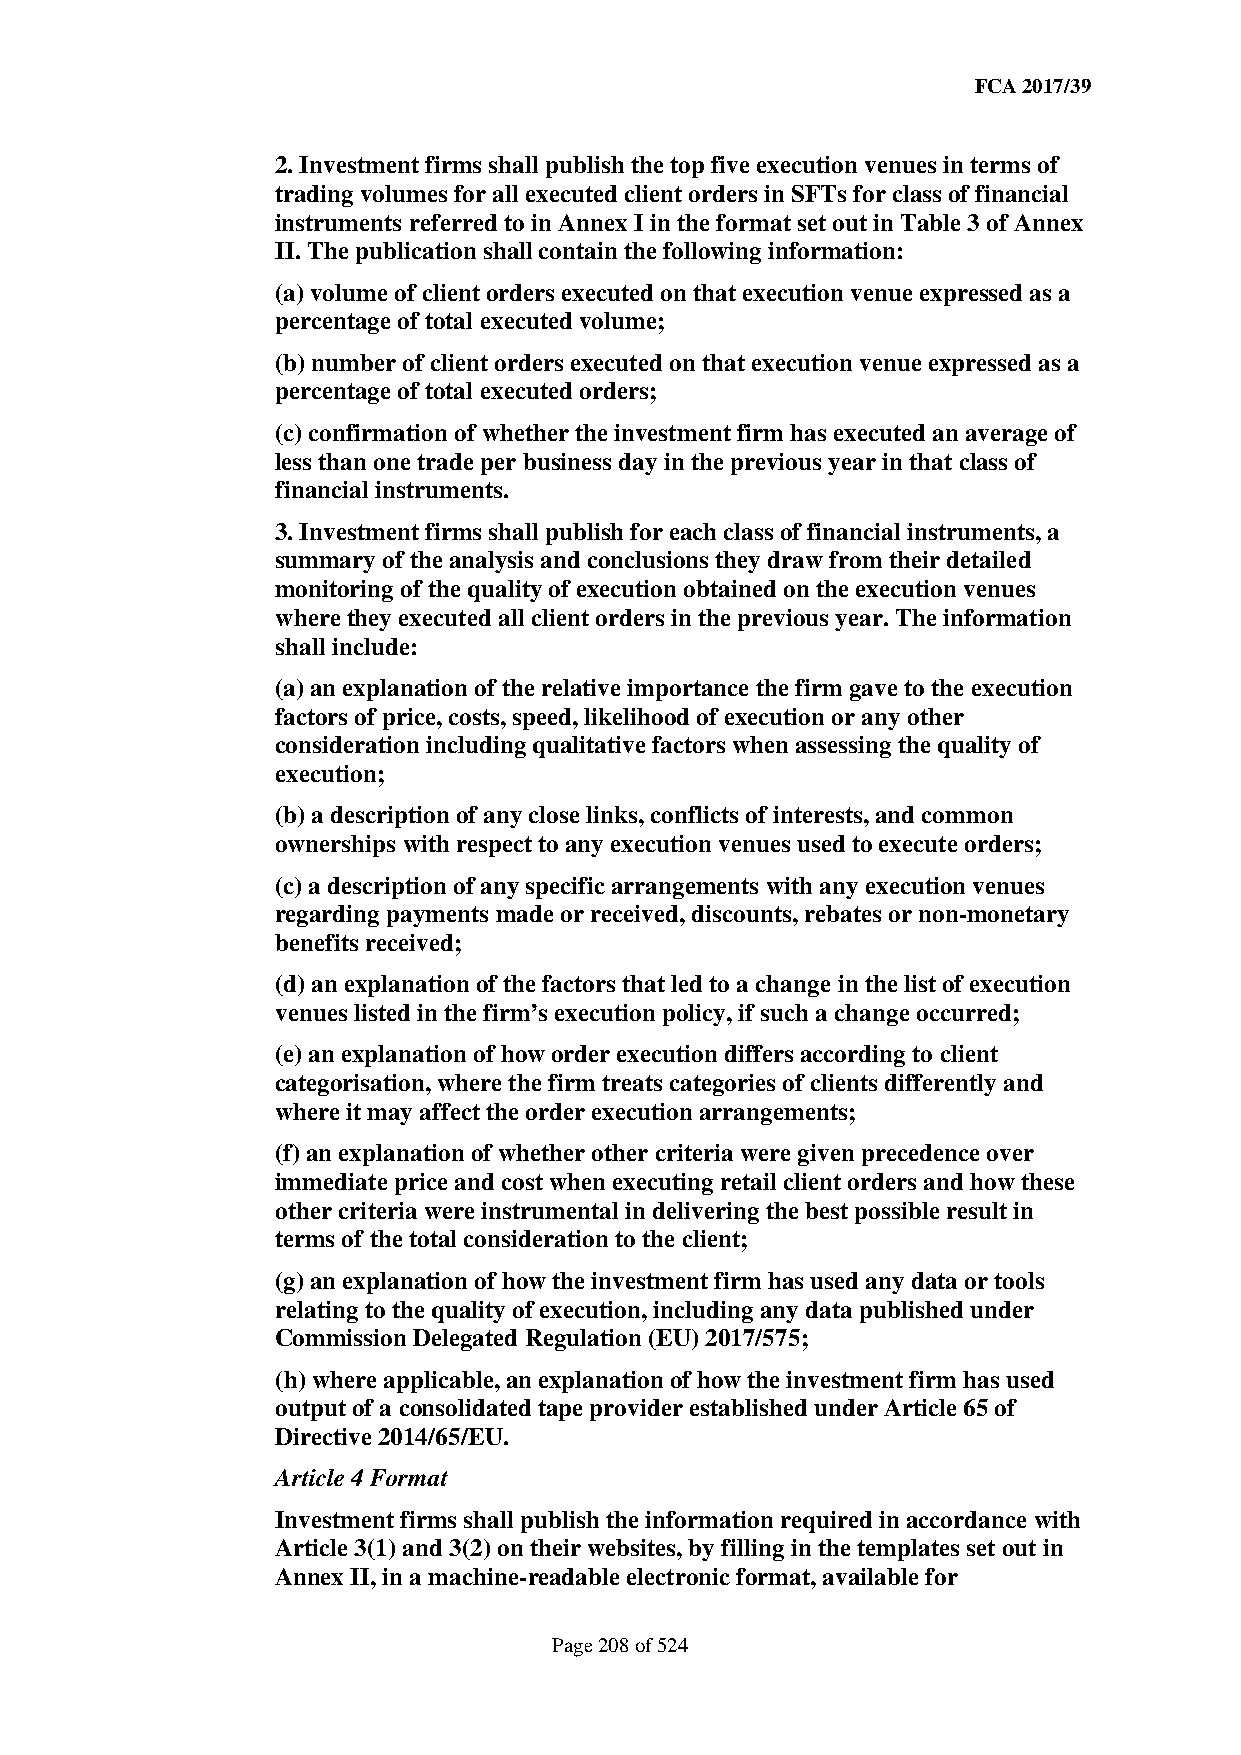
FCA 2017/39
 2. Investment firms shall publish the top five execution venues in terms of
 trading volumes for all executed client orders in SFTs for class of financial
 instruments referred to in Annex I in the format set out in Table 3 of Annex
 II. The publication shall contain the following information:
 (a) volume of client orders executed on that execution venue expressed as a
 percentage of total executed volume;
 (b) number of client orders executed on that execution venue expressed as a
 percentage of total executed orders;
 (c) confirmation of whether the investment firm has executed an average of
 less than one trade per business day in the previous year in that class of
 financial instruments.
 3. Investment firms shall publish for each class of financial instruments, a
 summary of the analysis and conclusions they draw from their detailed
 monitoring of the quality of execution obtained on the execution venues
 where they executed all client orders in the previous year. The information
 shall include:
 (a) an explanation of the relative importance the firm gave to the execution
 factors of price, costs, speed, likelihood of execution or any other
 consideration including qualitative factors when assessing the quality of
 execution;
 (b) a description of any close links, conflicts of interests, and common
 ownerships with respect to any execution venues used to execute orders;
 (c) a description of any specific arrangements with any execution venues
 regarding payments made or received, discounts, rebates or non-monetary
 benefits received;
 (d) an explanation of the factors that led to a change in the list of execution
 venues listed in the firm’s execution policy, if such a change occurred;
 (e) an explanation of how order execution differs according to client
 categorisation, where the firm treats categories of clients differently and
 where it may affect the order execution arrangements;
 (f) an explanation of whether other criteria were given precedence over
 immediate price and cost when executing retail client orders and how these
 other criteria were instrumental in delivering the best possible result in
 terms of the total consideration to the client;
 (g) an explanation of how the investment firm has used any data or tools
 relating to the quality of execution, including any data published under
 Commission Delegated Regulation (EU) 2017/575;
 (h) where applicable, an explanation of how the investment firm has used
 output of a consolidated tape provider established under Article 65 of
 Directive 2014/65/EU.
 Article 4 Format
 Investment firms shall publish the information required in accordance with
 Article 3(1) and 3(2) on their websites, by filling in the templates set out in
 Annex II, in a machine-readable electronic format, available for
 Page 208 of 524